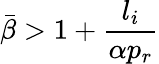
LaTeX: \bar{\beta}>1+\frac{l_{i}}{\alpha p_{r}}